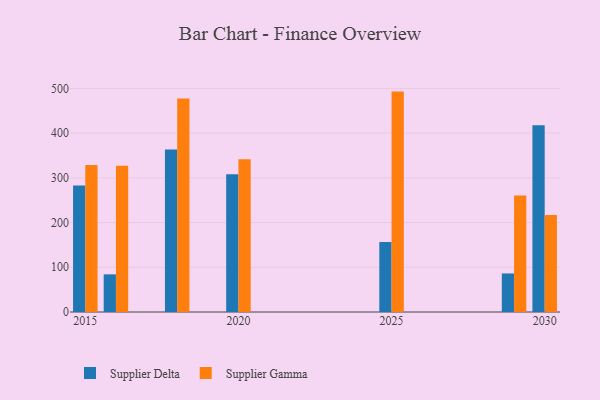
{"axis": {"x": "Year", "y": "Bounce Rate (%)"}, "legend": ["Supplier Delta", "Supplier Gamma"], "data": [{"x": "2020", "y": 308.1, "type": "Supplier Delta"}, {"x": "2020", "y": 341.4, "type": "Supplier Gamma"}, {"x": "2025", "y": 156.8, "type": "Supplier Delta"}, {"x": "2025", "y": 492.9, "type": "Supplier Gamma"}, {"x": "2015", "y": 282.9, "type": "Supplier Delta"}, {"x": "2015", "y": 328.7, "type": "Supplier Gamma"}, {"x": "2018", "y": 363.6, "type": "Supplier Delta"}, {"x": "2018", "y": 477.2, "type": "Supplier Gamma"}, {"x": "2029", "y": 86.2, "type": "Supplier Delta"}, {"x": "2029", "y": 260.3, "type": "Supplier Gamma"}, {"x": "2016", "y": 84.2, "type": "Supplier Delta"}, {"x": "2016", "y": 327.3, "type": "Supplier Gamma"}, {"x": "2030", "y": 417.8, "type": "Supplier Delta"}, {"x": "2030", "y": 217.2, "type": "Supplier Gamma"}]}